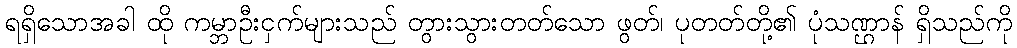
ရရှိသောအခါ ထို ကမ္ဘာဦးငှက်များသည် တွားသွားတတ်သော ဖွတ်၊ ပုတတ်တို့၏ ပုံသဏ္ဌာန် ရှိသည်ကို